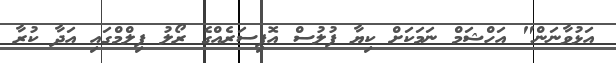
އަޅުވާނަން" އަހްޝަމް ނަމަކަށް ކިޔާ ފުލުސް އޮފިސަރެއްގެ ރޯލު ފިލްމްގައި އަދާ ކުރާ